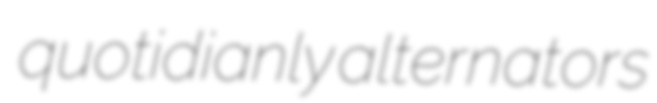
quotidianly alternators